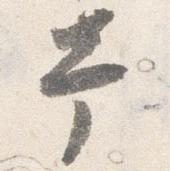
幸